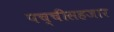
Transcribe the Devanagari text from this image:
पच्चीसहजार